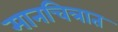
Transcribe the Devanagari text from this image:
मानचित्रात